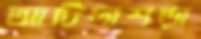
আটিদাশড়া